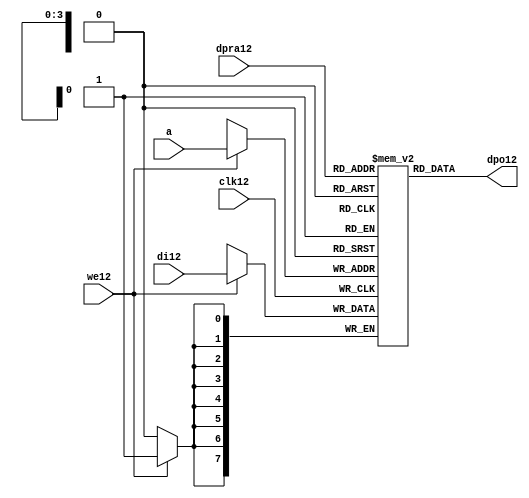
//////////////////////////////////////////////////////////////////////
////                                                              ////
////  raminfr12.v                                                   ////
////                                                              ////
////                                                              ////
////  This12 file is part of the "UART12 16550 compatible12" project12    ////
////  http12://www12.opencores12.org12/cores12/uart1655012/                   ////
////                                                              ////
////  Documentation12 related12 to this project12:                      ////
////  - http12://www12.opencores12.org12/cores12/uart1655012/                 ////
////                                                              ////
////  Projects12 compatibility12:                                     ////
////  - WISHBONE12                                                  ////
////  RS23212 Protocol12                                              ////
////  16550D uart12 (mostly12 supported)                              ////
////                                                              ////
////  Overview12 (main12 Features12):                                   ////
////  Inferrable12 Distributed12 RAM12 for FIFOs12                        ////
////                                                              ////
////  Known12 problems12 (limits12):                                    ////
////  None12                .                                       ////
////                                                              ////
////  To12 Do12:                                                      ////
////  Nothing so far12.                                             ////
////                                                              ////
////  Author12(s):                                                  ////
////      - gorban12@opencores12.org12                                  ////
////      - Jacob12 Gorban12                                          ////
////                                                              ////
////  Created12:        2002/07/22                                  ////
////  Last12 Updated12:   2002/07/22                                  ////
////                  (See log12 for the revision12 history12)          ////
////                                                              ////
////                                                              ////
//////////////////////////////////////////////////////////////////////
////                                                              ////
//// Copyright12 (C) 2000, 2001 Authors12                             ////
////                                                              ////
//// This12 source12 file may be used and distributed12 without         ////
//// restriction12 provided that this copyright12 statement12 is not    ////
//// removed from the file and that any derivative12 work12 contains12  ////
//// the original copyright12 notice12 and the associated disclaimer12. ////
////                                                              ////
//// This12 source12 file is free software12; you can redistribute12 it   ////
//// and/or modify it under the terms12 of the GNU12 Lesser12 General12   ////
//// Public12 License12 as published12 by the Free12 Software12 Foundation12; ////
//// either12 version12 2.1 of the License12, or (at your12 option) any   ////
//// later12 version12.                                               ////
////                                                              ////
//// This12 source12 is distributed12 in the hope12 that it will be       ////
//// useful12, but WITHOUT12 ANY12 WARRANTY12; without even12 the implied12   ////
//// warranty12 of MERCHANTABILITY12 or FITNESS12 FOR12 A PARTICULAR12      ////
//// PURPOSE12.  See the GNU12 Lesser12 General12 Public12 License12 for more ////
//// details12.                                                     ////
////                                                              ////
//// You should have received12 a copy of the GNU12 Lesser12 General12    ////
//// Public12 License12 along12 with this source12; if not, download12 it   ////
//// from http12://www12.opencores12.org12/lgpl12.shtml12                     ////
////                                                              ////
//////////////////////////////////////////////////////////////////////
//
// CVS12 Revision12 History12
//
// $Log: not supported by cvs2svn12 $
// Revision12 1.1  2002/07/22 23:02:23  gorban12
// Bug12 Fixes12:
//  * Possible12 loss of sync and bad12 reception12 of stop bit on slow12 baud12 rates12 fixed12.
//   Problem12 reported12 by Kenny12.Tung12.
//  * Bad (or lack12 of ) loopback12 handling12 fixed12. Reported12 by Cherry12 Withers12.
//
// Improvements12:
//  * Made12 FIFO's as general12 inferrable12 memory where possible12.
//  So12 on FPGA12 they should be inferred12 as RAM12 (Distributed12 RAM12 on Xilinx12).
//  This12 saves12 about12 1/3 of the Slice12 count and reduces12 P&R and synthesis12 times.
//
//  * Added12 optional12 baudrate12 output (baud_o12).
//  This12 is identical12 to BAUDOUT12* signal12 on 16550 chip12.
//  It outputs12 16xbit_clock_rate - the divided12 clock12.
//  It's disabled by default. Define12 UART_HAS_BAUDRATE_OUTPUT12 to use.
//

//Following12 is the Verilog12 code12 for a dual12-port RAM12 with asynchronous12 read. 
module raminfr12   
        (clk12, we12, a, dpra12, di12, dpo12); 

parameter addr_width12 = 4;
parameter data_width12 = 8;
parameter depth = 16;

input clk12;   
input we12;   
input  [addr_width12-1:0] a;   
input  [addr_width12-1:0] dpra12;   
input  [data_width12-1:0] di12;   
//output [data_width12-1:0] spo12;   
output [data_width12-1:0] dpo12;   
reg    [data_width12-1:0] ram12 [depth-1:0]; 

wire [data_width12-1:0] dpo12;
wire  [data_width12-1:0] di12;   
wire  [addr_width12-1:0] a;   
wire  [addr_width12-1:0] dpra12;   
 
  always @(posedge clk12) begin   
    if (we12)   
      ram12[a] <= di12;   
  end   
//  assign spo12 = ram12[a];   
  assign dpo12 = ram12[dpra12];   
endmodule